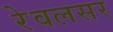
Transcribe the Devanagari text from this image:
रेवलसर